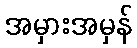
အမှားအမှန်